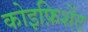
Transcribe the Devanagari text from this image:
कोइफ़िशेंट